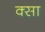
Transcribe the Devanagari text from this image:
क्सा